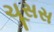
ચૂસસ